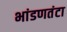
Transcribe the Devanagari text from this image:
भांडणतंटा